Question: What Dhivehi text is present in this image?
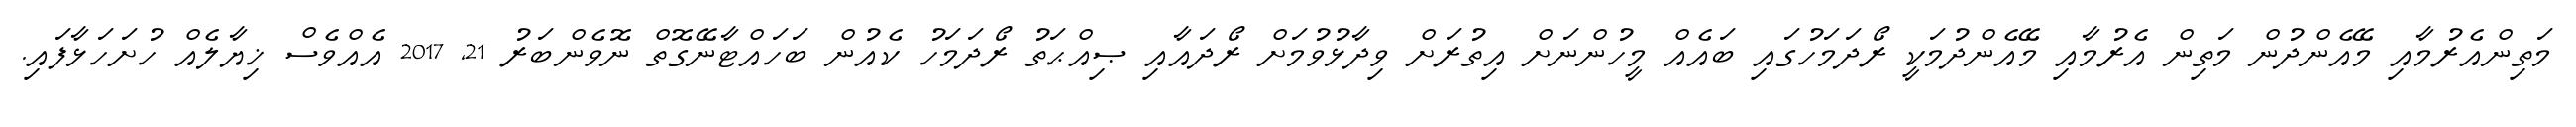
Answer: މަތިންއެރުމާއި މޭއެންދުން މަތިން އެރުމާއި މޭއެންދުމަކީ ރޯދަމަހުގައި ބައެއް މީހުންނަށް އިތުރަށް ވިދާޅުވުމަށް ރޯދައާއި ޞިއްޙަތު ރޯދަމަހު ކެއުން ބަހައްޓާނޭގޮތް ނޮވެންބަރު 21, 2017 އެއްވެސް ޚިޔާލެއް ހުށަހަޅާފައި.